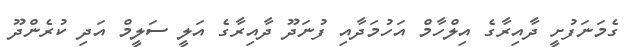
ގެމަނަފުށީ ދާއިރާގެ އިލްހާމް އަހުމަދާއި ފުނަދޫ ދާއިރާގެ އަލީ ސަލީމް އަދި ކުރެންދޫ